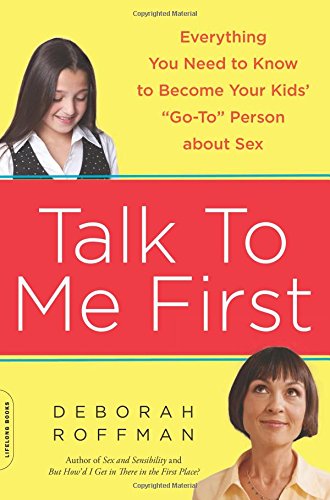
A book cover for Talk to Me First: Everything You Need to Know to Become Your Kids' "Go-To" Person about Sex; Deborah Roffman; Parenting & Relationships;